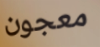
معجون